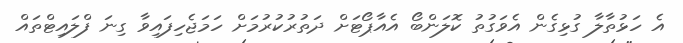
އެ ހަޅުތާލާ ގުޅިގެން އެވަގުތު ކޮލަންބޯ އެއާޕޯޓަށް ދަތުރުކުރުމަށް ހަމަޖެހިފައިވާ ގިނަ ފްލައިޓްތައް